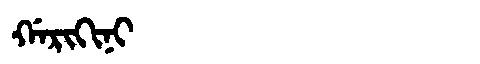
Manchu: ᡤᠠᡵᡳᡴᡳᠨᡳ
Romanization: GARIKINI